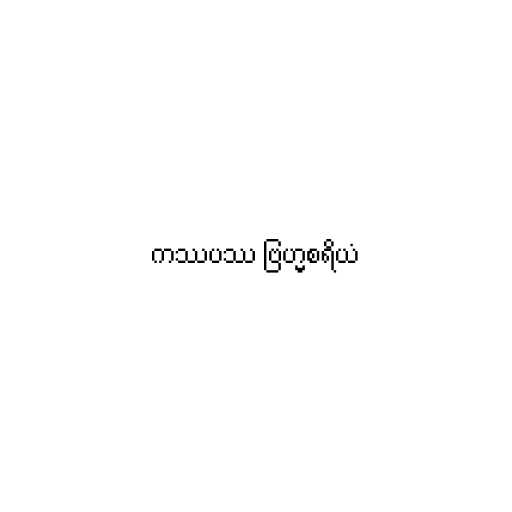
ကဿပဿ ဗြဟ္မစရိယံ